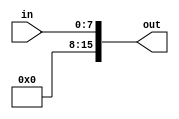
module ZERO_EXT(in, out);
input [7:0] in;
output reg [15:0] out;

always@(*)

	out = {{8{0}}, in };

endmodule